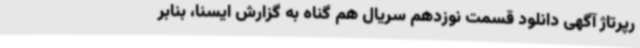
رپرتاژ آگهی دانلود قسمت نوزدهم سریال هم گناه به گزارش ایسنا، بنابر